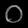
Digit: ၀